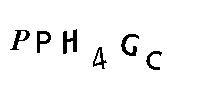
PPH4GC